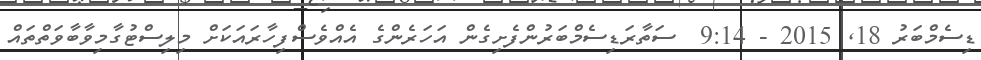
ޑިސެމްބަރު 18